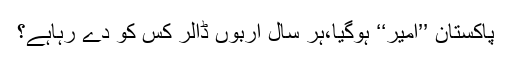
پاکستان ’’امیر‘‘ ہوگیا،ہر سال اربوں ڈالر کس کو دے رہاہے؟